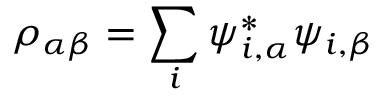
\rho _ { \alpha \beta } = \sum _ { i } \psi _ { i , \alpha } ^ { * } \psi _ { i , \beta }